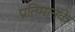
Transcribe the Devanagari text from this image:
प्रतिमानके